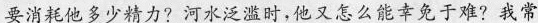
要消耗他多少精力?河水泛滥时,他又怎么能幸免于难?我常